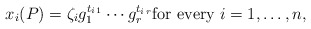
\begin{align*}x_i(P)=\zeta_i g_1^{t_{i\, 1}} \cdots g_r^{t_{i\, r}} \mbox{for every } i=1, \ldots, n, \end{align*}